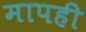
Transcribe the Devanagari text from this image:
मापही